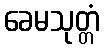
ခေမသုတ္တံ